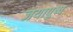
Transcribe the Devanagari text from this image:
जयापुष्प